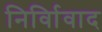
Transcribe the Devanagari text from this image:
निर्विावाद